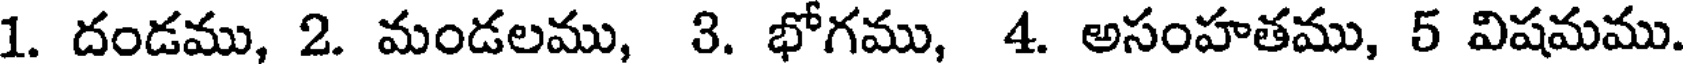
1. దండము, 2. మండలము, 3. భోగము, 4. అసంహతము, 5 విషమము.